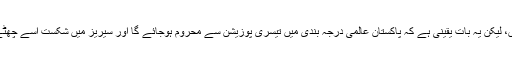
سیریز برابر ہوگی یا نہیں، لیکن یہ بات یقینی ہے کہ پاکستان عالمی درجہ بندی میں تیسری پوزیشن سے محروم ہوجائے گا اور سیریز میں شکست اسے چھٹے نمبر پر لے جائے گی۔